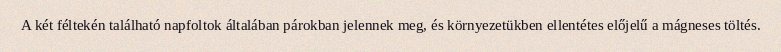
A két féltekén található napfoltok általában párokban jelennek meg, és környezetükben ellentétes előjelű a mágneses töltés.